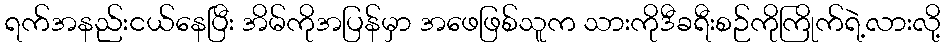
ရက်အနည်းငယ်နေပြီး အိမ်ကိုအပြန်မှာ အဖေဖြစ်သူက သားကိုဒီခရီးစဉ်ကိုကြိုက်ရဲ့လားလို့